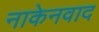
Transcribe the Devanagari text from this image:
नाकेनवाद